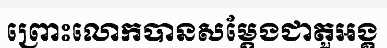
ព្រោះលោកបានសម្តែងជាតួអង្គ